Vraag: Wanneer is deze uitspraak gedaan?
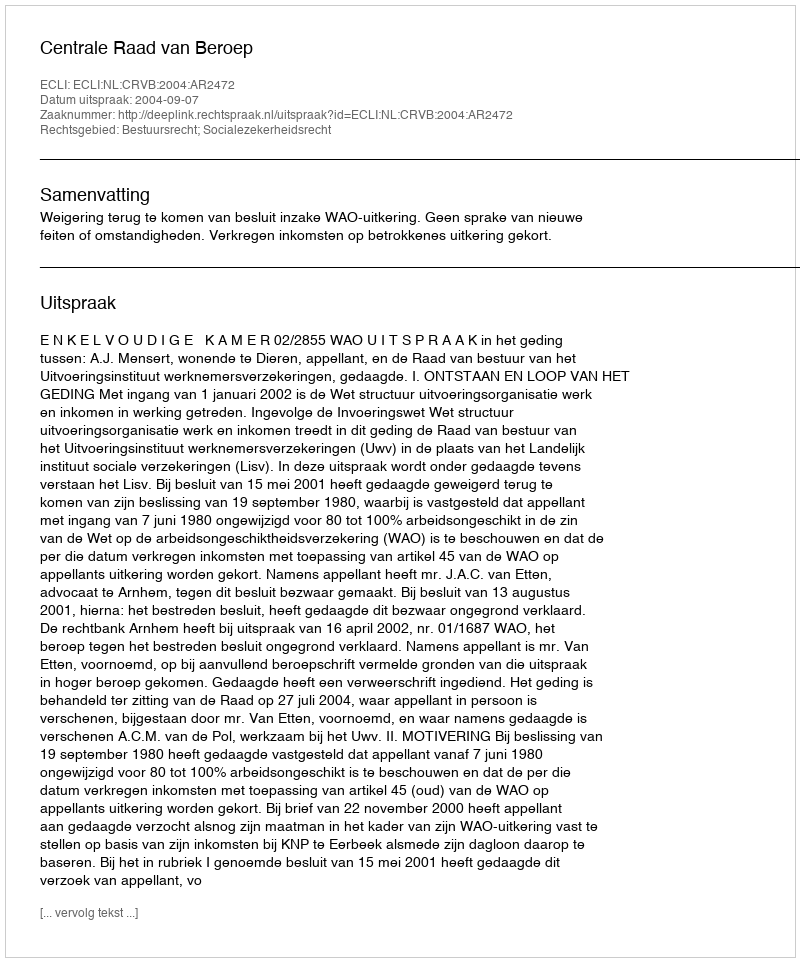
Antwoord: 2004-09-07